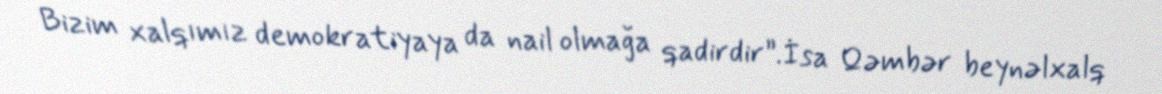
Bizim xalqımız demokratiyaya da nail olmağa qadirdir”.İsa Qəmbər beynəlxalq